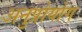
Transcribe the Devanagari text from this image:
अनुप्रोयोग